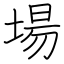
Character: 場